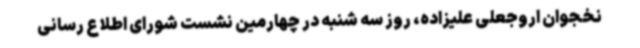
نخجوان اروجعلی علیزاده، روز سه شنبه در چهارمین نشست شورای اطلاع رسانی